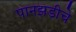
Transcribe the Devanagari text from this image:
पानझडीचे